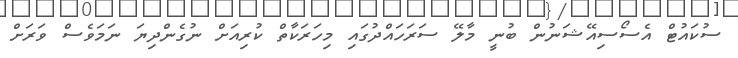
ސުކައުޓް އެސޯސިއޭޝަނުން ބުނީ މާލޭ ސަރަހައްދުގައި މިހަރަކާތް ކުރިއަށް ނުގެންދިޔަ ނަމަވެސް ވަރަށް